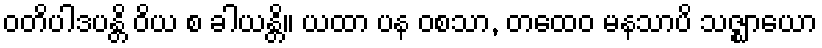
ဝတိပါဒပန္တိ ဝိယ စ ခါယန္တိ။ ယထာ ပန ဝစသာ, တထေဝ မနသာပိ သဇ္ဈာယော